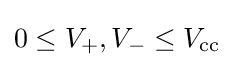
0\leq V_{+},V_{-}\leq V_{\text{cc}}